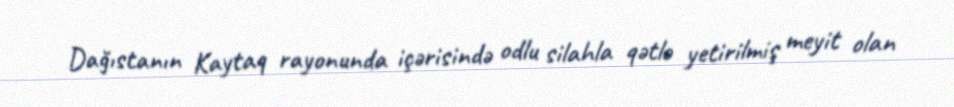
Dağıstanın Kaytaq rayonunda içərisində odlu silahla qətlə yetirilmiş meyit olan